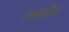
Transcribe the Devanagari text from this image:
ठसले॥